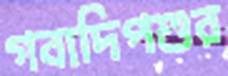
গবাদিপশুর